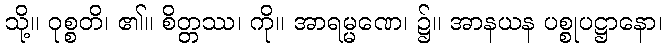
သို့။ ဝုစ္စတိ၊ ၏။ စိတ္တဿ၊ ကို။ အာရမ္မဏေ၊ ၌။ အာနယန ပစ္စုပဋ္ဌာနော၊